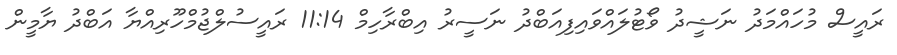
ރައީސް މުހައްމަދު ނަޝީދު ވޯޓުލައްވައިފިއަބްދު ނަސީރު އިބްރާހިމް 11:14 ރައީސުލްޖުމްހޫރިއްޔާ އަބްދު ޔާމީން